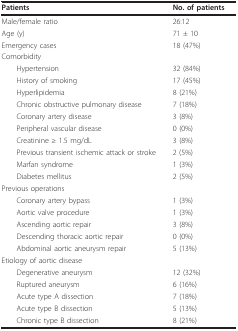
<table><thead><tr><td><b>Patients</b></td><td><b>No. of patients</b></td></tr></thead><tbody><tr><td>Male/female ratio</td><td>26:12</td></tr><tr><td>Age (y)</td><td>71 ± 10</td></tr><tr><td>Emergency cases</td><td>18 (47%)</td></tr><tr><td>Comorbidity</td><td></td></tr><tr><td> Hypertension</td><td>32 (84%)</td></tr><tr><td> History of smoking</td><td>17 (45%)</td></tr><tr><td> Hyperlipidemia</td><td>8 (21%)</td></tr><tr><td> Chronic obstructive pulmonary disease</td><td>7 (18%)</td></tr><tr><td> Coronary artery disease</td><td>3 (8%)</td></tr><tr><td> Peripheral vascular disease</td><td>0 (0%)</td></tr><tr><td> Creatinine ≥ 1.5 mg/dL</td><td>3 (8%)</td></tr><tr><td> Previous transient ischemic attack or stroke</td><td>2 (5%)</td></tr><tr><td> Marfan syndrome</td><td>1 (3%)</td></tr><tr><td> Diabetes mellitus</td><td>2 (5%)</td></tr><tr><td>Previous operations</td><td></td></tr><tr><td> Coronary artery bypass</td><td>1 (3%)</td></tr><tr><td> Aortic valve procedure</td><td>1 (3%)</td></tr><tr><td> Ascending aortic repair</td><td>3 (8%)</td></tr><tr><td> Descending thoracic aortic repair</td><td>0 (0%)</td></tr><tr><td> Abdominal aortic aneurysm repair</td><td>5 (13%)</td></tr><tr><td>Etiology of aortic disease</td><td></td></tr><tr><td> Degenerative aneurysm</td><td>12 (32%)</td></tr><tr><td> Ruptured aneurysm</td><td>6 (16%)</td></tr><tr><td> Acute type A dissection</td><td>7 (18%)</td></tr><tr><td> Acute type B dissection</td><td>5 (13%)</td></tr><tr><td> Chronic type B dissection</td><td>8 (21%)</td></tr></tbody></table>